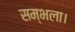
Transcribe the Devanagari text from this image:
सम्भला।